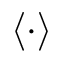
\langle \cdot \rangle